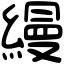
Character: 縵